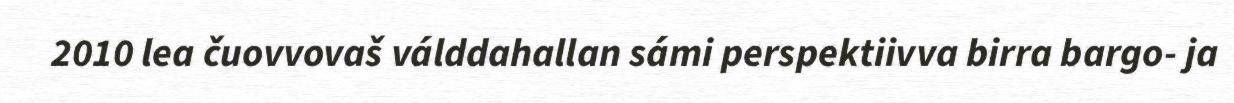
2010 lea čuovvovaš válddahallan sámi perspektiivva birra bargo- ja